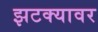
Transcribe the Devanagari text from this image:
झटक्यावर